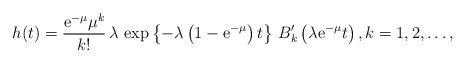
LaTeX: \begin{align*} h(t)={{\rm e}^{-\mu} \mu^k\over k!}\,\lambda\, \exp\left\{-\lambda\left(1-{\rm e}^{-\mu}\right)t\right\}\, B_k'\left(\lambda{\rm e}^{-\mu}t\right), k=1,2,\ldots, \end{align*}